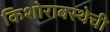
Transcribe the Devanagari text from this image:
किशोरावस्थेची